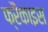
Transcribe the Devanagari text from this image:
फ्रैंकाइस